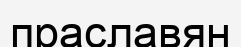
праславян